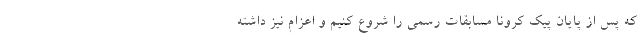
که پس از پایان پیک کرونا مسابقات رسمی را شروع کنیم و اعزام نیز داشته